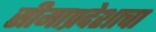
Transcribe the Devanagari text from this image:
सीमाप्रदेशाचा